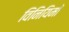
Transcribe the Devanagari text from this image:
विनियिमों